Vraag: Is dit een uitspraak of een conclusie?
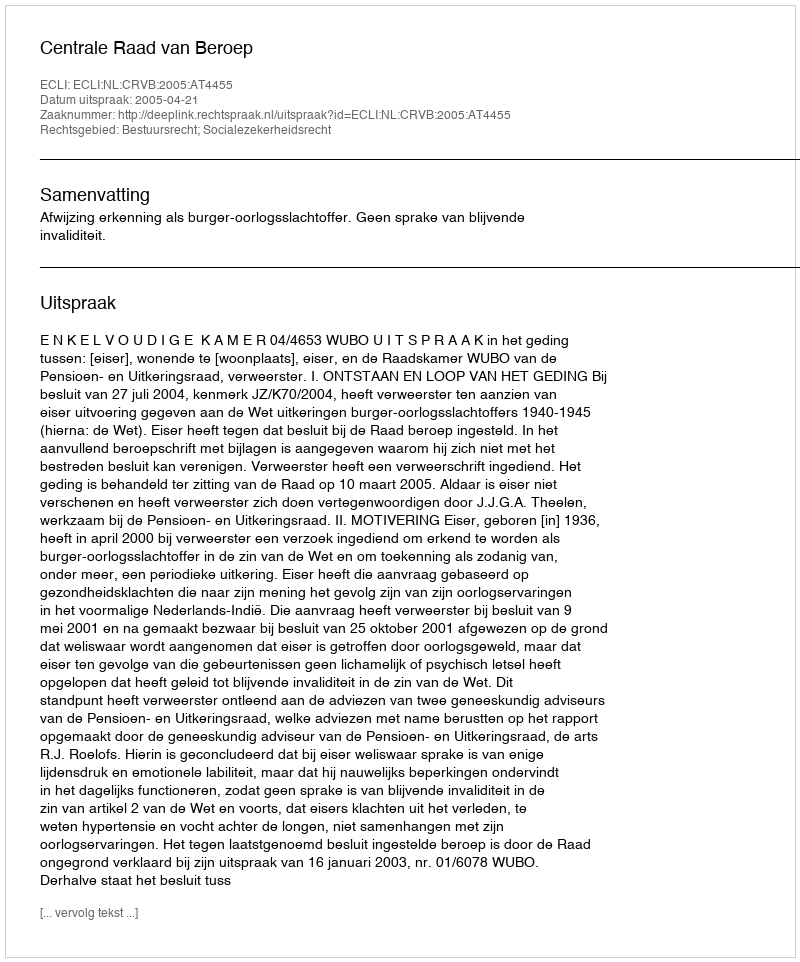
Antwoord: Uitspraak